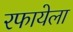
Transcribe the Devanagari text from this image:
रफायेला